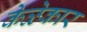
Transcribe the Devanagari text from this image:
केळेकार